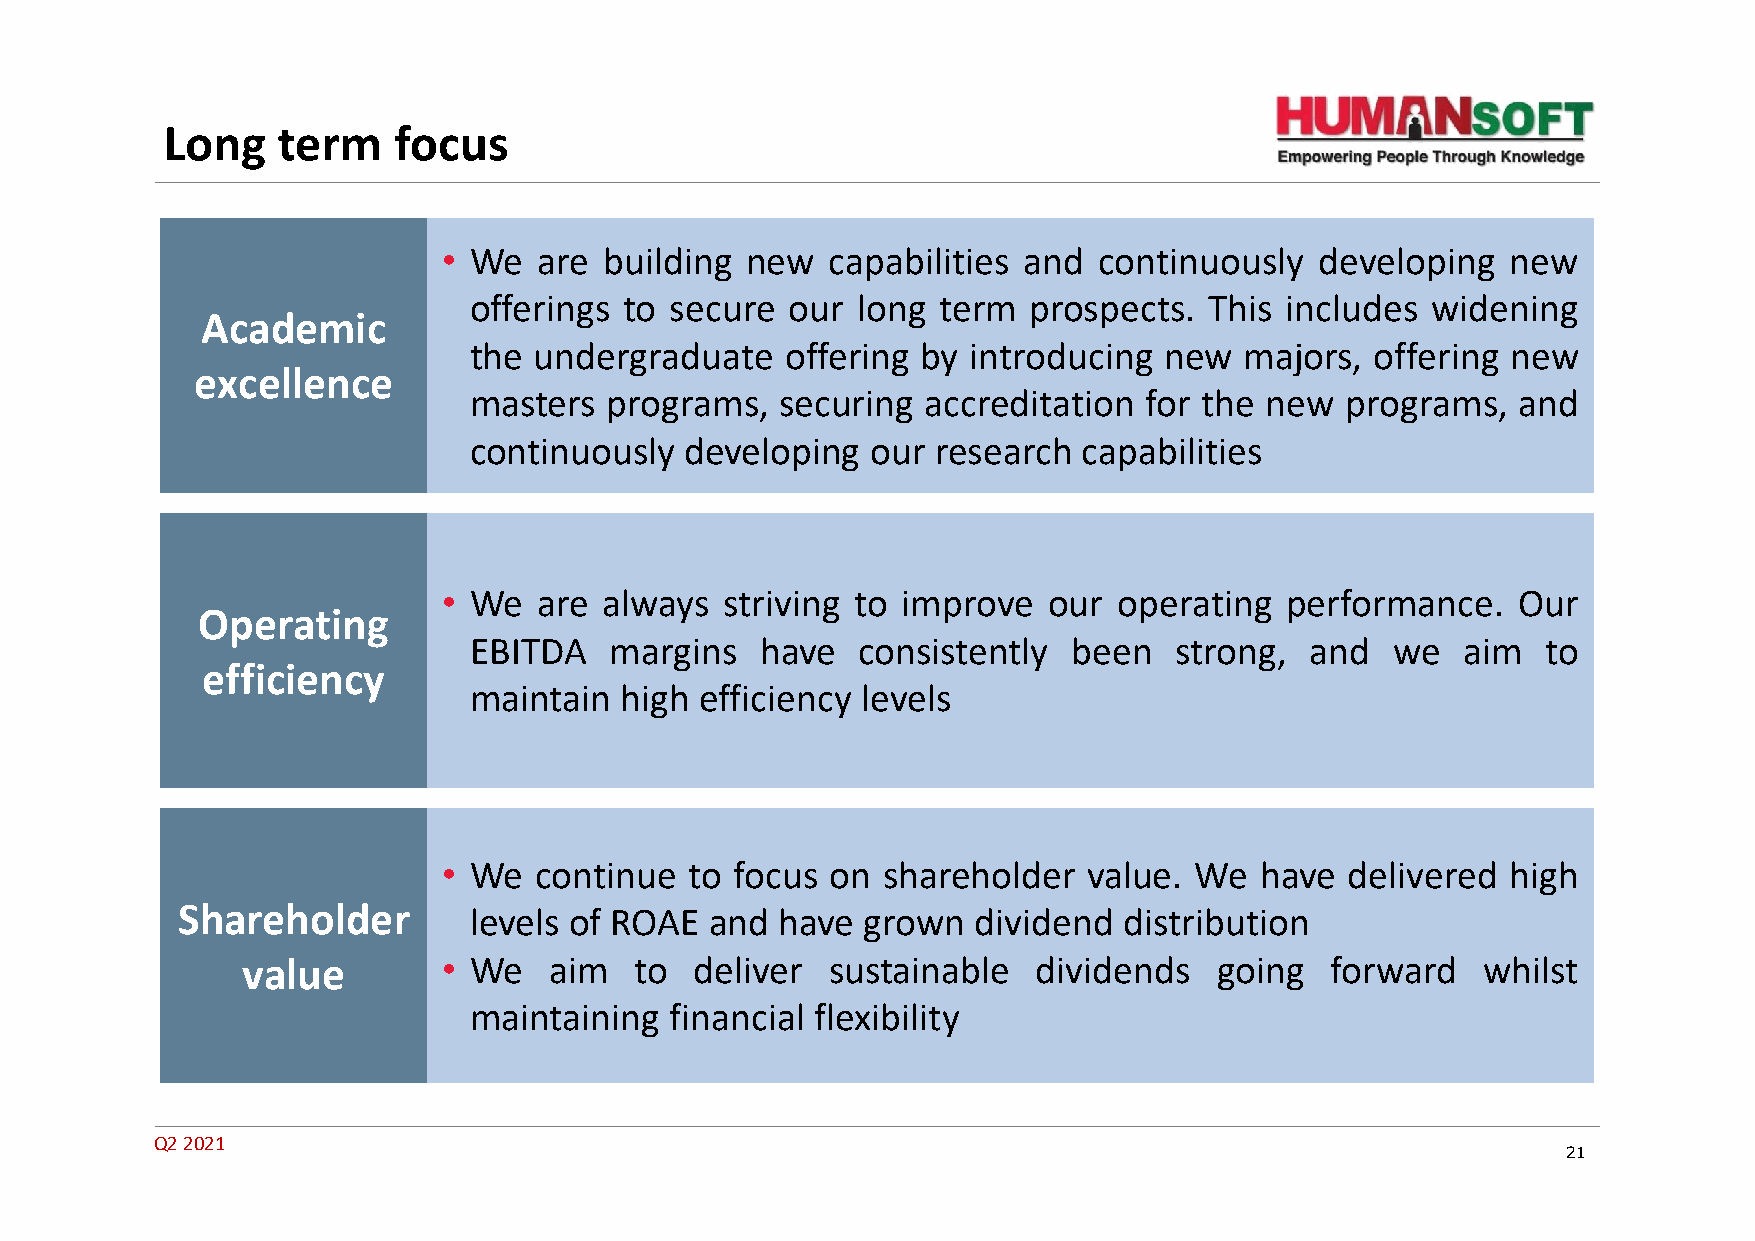
Long   term    focus
 • We   are building new   capabilities and  continuously  developing   new
 offerings to secure  our  long term  prospects.  This includes  widening
 Academic
 the undergraduate    offering by introducing  new  majors,  offering new
 excellence
 masters  programs,   securing accreditation  for the new  programs,  and
 continuously  developing   our research  capabilities
 • We   are always  striving to improve  our  operating  performance.   Our
 Operating
 EBITDA   margins   have   consistently  been   strong,  and  we   aim  to
 efficiency
 maintain  high efficiency levels
 • We  continue   to focus on shareholder   value. We  have  delivered  high
 Shareholder        levels of ROAE  and  have grown   dividend distribution
 value        • We   aim   to  deliver  sustainable   dividends   going  forward   whilst
 maintaining  financial flexibility
 Q2 2021
 21